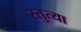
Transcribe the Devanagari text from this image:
स्तुत्या